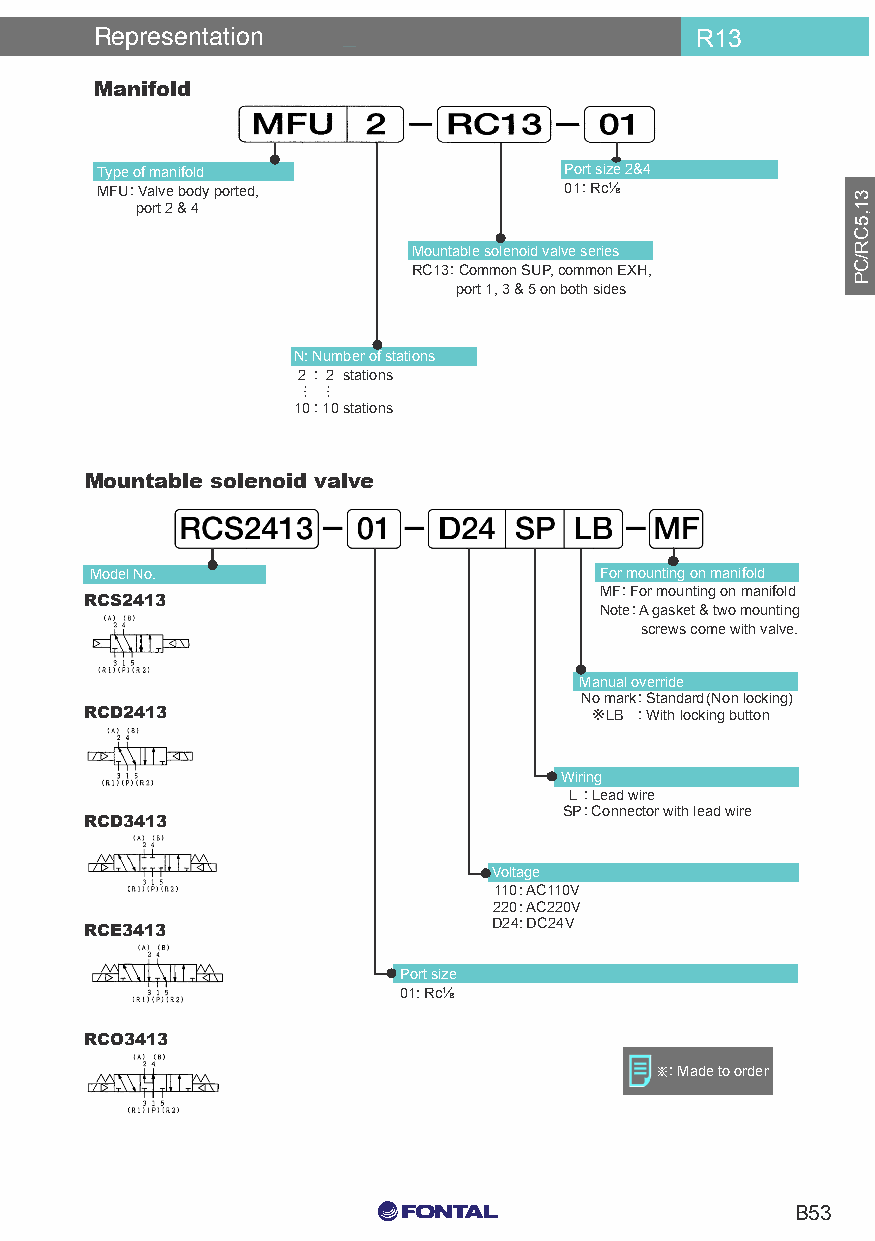
Representation                          R13
 Manifold
 Individual Wiring Type Manifold
 Bar Type
 Type of manifold               Port size 2&4
 MFU: Valve body ported,        01: Rc⅛
 port 2 & 4
 Mountable solenoid valve series
 RC13: Common SUP, common EXH,
 port 1, 3 & 5 on both sides
 N: Number of stations
 2 : 2 stations
 ⋮ ⋮
 10 : 10 stations
 Mountable solenoid valve
 Model No.                         For mounting on manifold
 MF: For mounting on manifold
 RCS2413
 Note: A gasket & two mounting
 screws come with valve.
 Manual override
 No mark: Standard(Non locking)
 RCD2413                          ※LB : With locking button
 Wiring
 L : Lead wire
 SP: Connector with lead wire
 RCD3413
 Voltage
 110: AC110V
 220: AC220V
 RCE3413                    D24: DC24V
 Port size
 01: Rc⅛
 RCO3413
 ※: Made to order
 C0 M0 Y15 K15
 B53
 C0 M0 Y0 K100
 C0 M0 Y0 K0
 31,5CR/CP